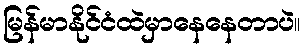
မြန်မာနိုင်ငံထဲမှာနေနေတာပဲ။